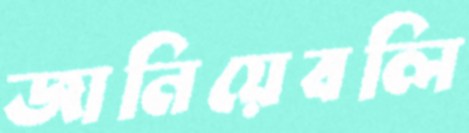
জানিয়েবলি